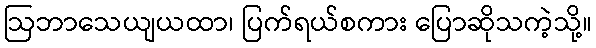
ဩဘာသေယျယထာ၊ ပြက်ရယ်စကား ပြောဆိုသကဲ့သို့။